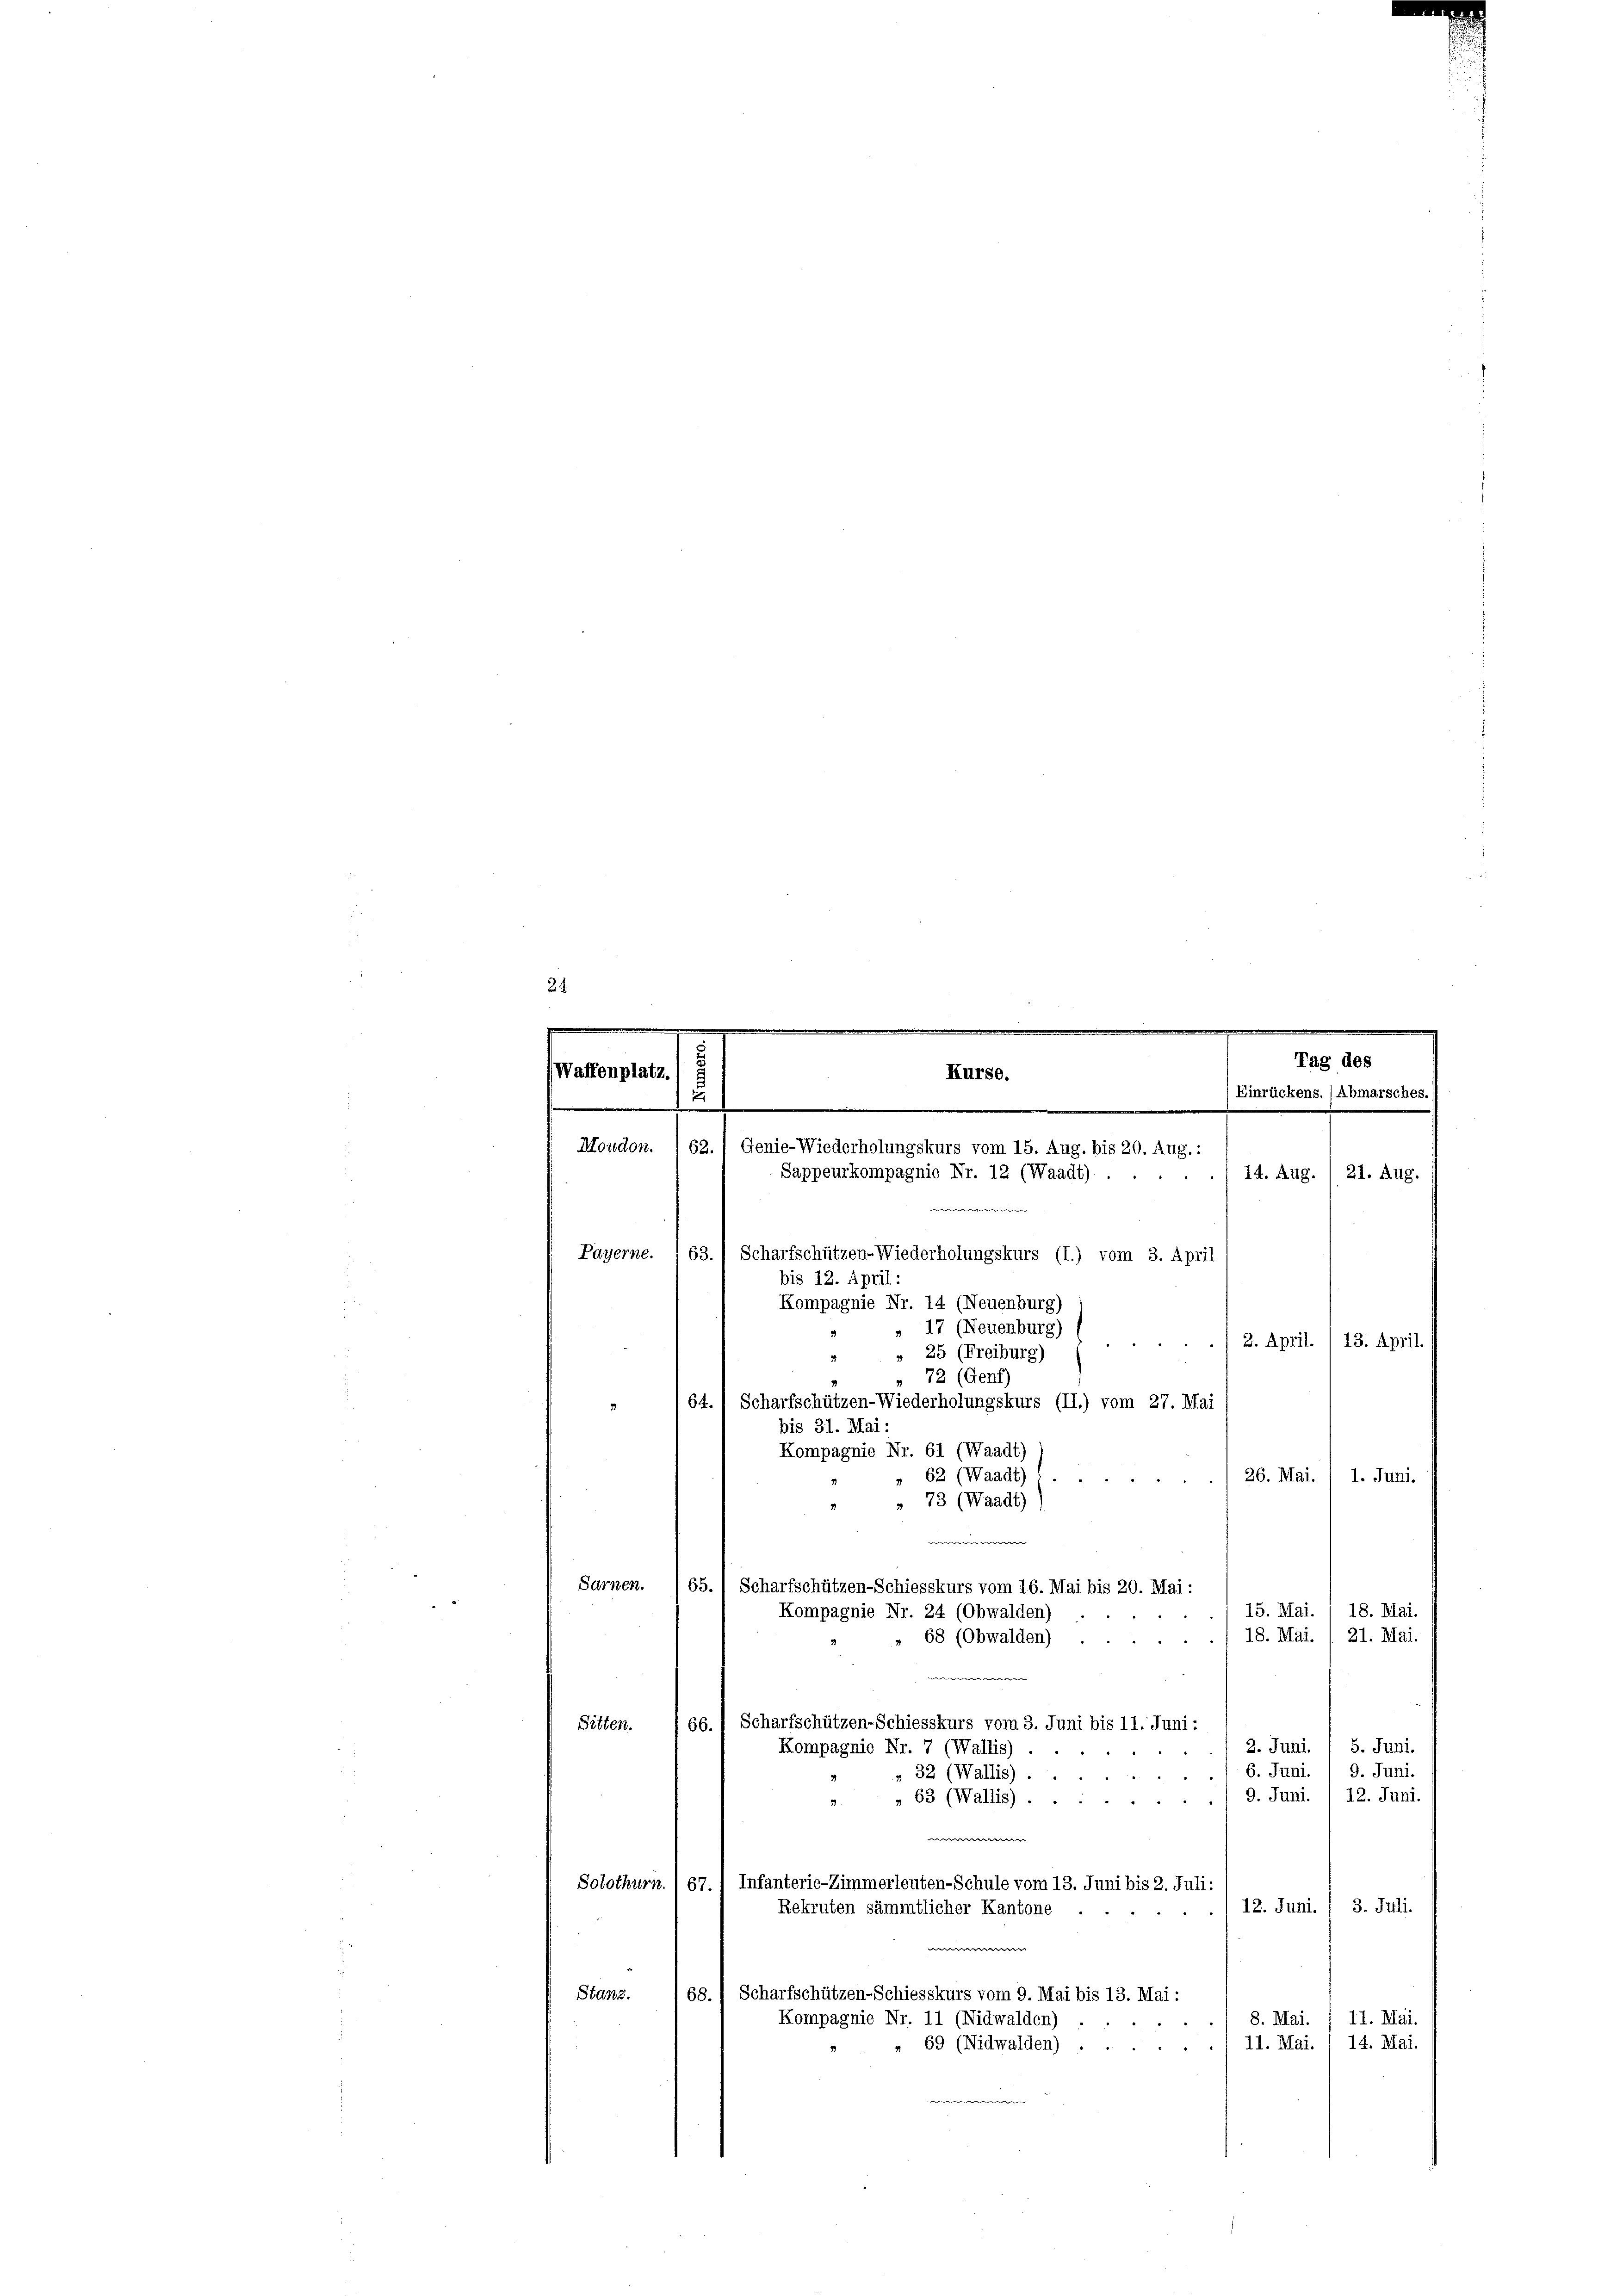
e
24
f

.
.
.
.
Tag des

64.
3

Waffenplatz.

Payerne. 63. / Scharfschützen-Wiederholungskurs (I.) vom 3. April
 17 (Neuenburg)
2. April. 13. April.
» 25 (Freiburg)
 72 (Genf)
Scharfschützen-Wiederholungskurs (II.) vom 27. Mai
bis 31. Mai:
Kompagnie Nr. 61 (Waadt)
62 (Waadt) (...
26. Mai. / 1. Juni.
» 73 (Waadt)
w
Sarnen.
65. Scharfschützen-Schiesskurs vom 16. Mai bis 20. Mai:
15. Mai.

18. Mai.
e
Scharfschützen-Schiesskurs vom 3. Juni bis 11. Juni:
Gitten.
66.
5. Juni.
2. Juni.
Kompagnie Nr. 7 (Wallis) . .
6. Juni.
9. Juni.
„ 32 (Wallis).
9. Juni. 12. Juni.
63 (Wallis).
 |
Solothurn. 1 67. / Infanterie-Zimmerleuten-Schule vom 13. Juni bis 2. Juli:
12. Juni. / 3. Juli.
Rekruten sämmtlicher Kantone
e
Stanz.
68.) Scharfschützen-Schiesskurs vom 9. Mai bis 13. Mai:
8. Mai.
11. Mai.
Kompagnie Nr. 11 (Nidwalden)
11. Mai. 1 14. Mai.
" 69 (Nidwalden)

Kurse.
(Einrückens. /Abmarsches.
71)
Moudon. I 62. 1 Genie-Wiederholungskurs vom 15. Aug. bis 20. Aug.:
Sappeurkompagnie Nr. 12 (Waadt) . .
14. Aug. / 21. Aug.
w

bis 12. April:
Kompagnie Nr. 14 (Neuenburg)
2
1

Kompagnie Nr. 24 (Obwalden)
68 (Obwalden)